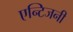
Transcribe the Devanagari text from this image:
एन्टिजनी